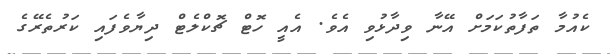
ކެއުމާ ތަފާތުކަމަށް އޭނާ ވިދާޅުވި އެވެ. އެއީ ހޮޓް ޗޮކްލެޓް ދިޔާވެފައި ކަރުތެރޭގެ